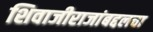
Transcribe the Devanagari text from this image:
शिवाजीराजांबद्दलचा